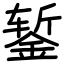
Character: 錾